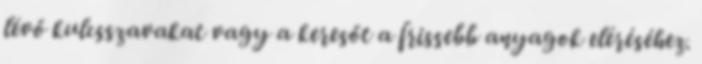
lévő kulcsszavakat vagy a keresőt a frissebb anyagok eléréséhez.